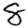
Digit: 8